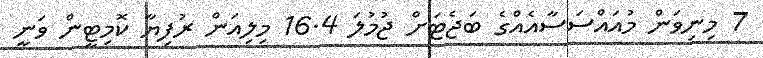
7 މިނިވަން މުއައްސަސާއެއްގެ ބަޖެޓަށް ޖުމުލަ 16.4 މިލިއަން ރުފިޔާ ކޮމިޓީން ވަނީ